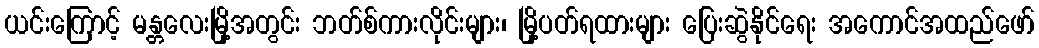
ယင်းကြောင့် မန္တလေးမြို့အတွင်း ဘတ်စ်ကားလိုင်းများ၊ မြို့ပတ်ရထားများ ပြေးဆွဲနိုင်ရေး အကောင်အထည်ဖော်